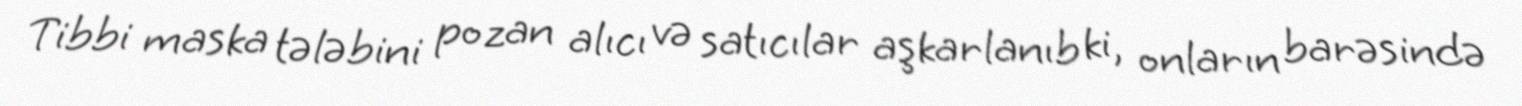
Tibbi maska tələbini pozan alıcı və satıcılar aşkarlanıb ki, onların barəsində